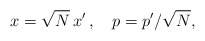
\begin{align*}x=\sqrt{N}\, x'\, ,\quad p= p'/\sqrt{N},\end{align*}